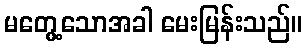
မတွေ့သောအခါ မေးမြန်းသည်။